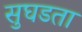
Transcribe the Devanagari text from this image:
सुघडता